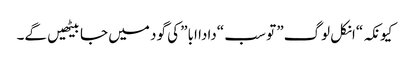
کیونکہ “انکل لوگ” تو سب “دادا ابا” کی گود میں جا بیٹھیں گے۔